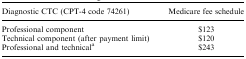
<table><thead><tr><td><b>Diagnostic CTC (CPT-4 code 74261)</b></td><td><b>Medicare fee schedule</b></td></tr></thead><tbody><tr><td>Professional component</td><td>$123</td></tr><tr><td>Technical component (after payment limit)</td><td>$120</td></tr><tr><td>Professional and technical<sup>a</sup></td><td>$243</td></tr></tbody></table>